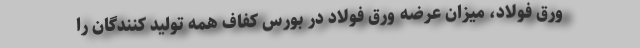
ورق فولاد، میزان عرضه ورق فولاد در بورس کفاف همه تولید کنندگان را